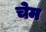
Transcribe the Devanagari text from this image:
चेम